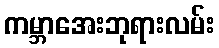
ကမ္ဘာအေးဘုရားလမ်း